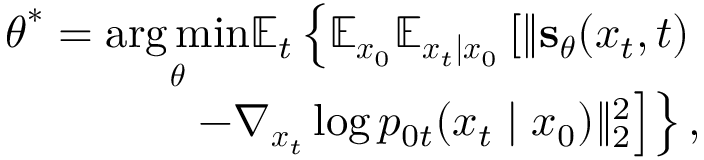
\begin{array} { r } { \boldsymbol { \theta } ^ { * } = \underset { \boldsymbol { \theta } } { \arg \operatorname* { m i n } } \mathbb { E } _ { t } \left\{ \mathbb { E } _ { \boldsymbol { x } _ { 0 } } \mathbb { E } _ { \boldsymbol { x } _ { t } | \boldsymbol { x } _ { 0 } } \left[ \| \mathbf { s } _ { \boldsymbol { \theta } } ( \boldsymbol { x } _ { t } , t ) \right. \right. } \\ { \left. \left. - \nabla _ { \boldsymbol { x } _ { t } } \log p _ { 0 t } ( \boldsymbol { x } _ { t } \mid \boldsymbol { x } _ { 0 } ) \| _ { 2 } ^ { 2 } \right] \right\} , } \end{array}